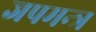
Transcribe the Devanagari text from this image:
जपमन्त्र